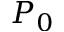
P _ { 0 }